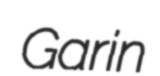
Garin